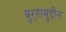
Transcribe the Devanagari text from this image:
बुऱ्हामुद्दीन